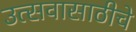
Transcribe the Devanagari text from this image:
उत्सवासाठीचे